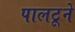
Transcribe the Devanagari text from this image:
पालटूने